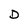
Character: D